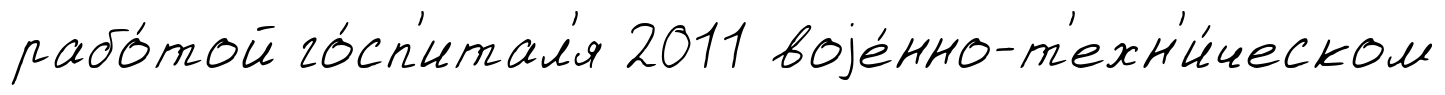
рабо́той го́сп'итал'я 2011 воjе́нно-т'ехн'и́ческом